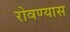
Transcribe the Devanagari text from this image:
रोवण्यास